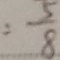
= \frac { 5 } { 8 }